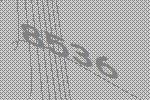
8536